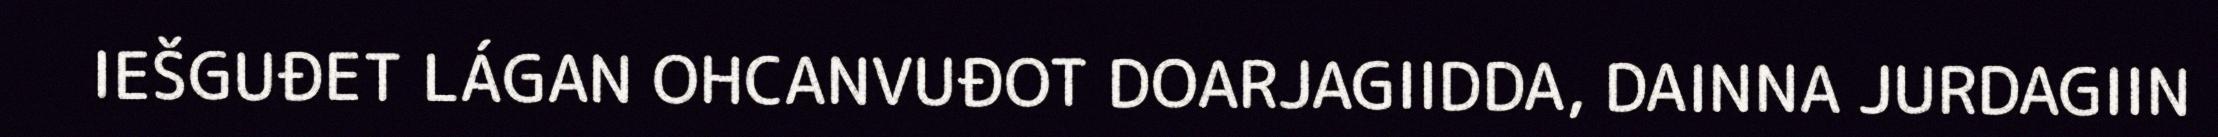
IEŠGUĐET LÁGAN OHCANVUĐOT DOARJAGIIDDA, DAINNA JURDAGIIN